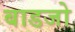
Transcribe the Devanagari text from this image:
बाडजो